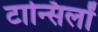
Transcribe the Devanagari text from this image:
टान्सिलों